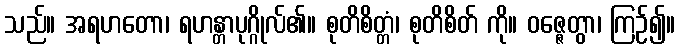
သည်။ အရဟတော၊ ရဟန္တာပုဂ္ဂိုလ်၏။ စုတိစိတ္တံ၊ စုတိစိတ် ကို။ ဝဇ္ဇေတွာ၊ ကြဉ်၍။